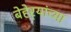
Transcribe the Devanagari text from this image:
बेहेर्‍यांच्या